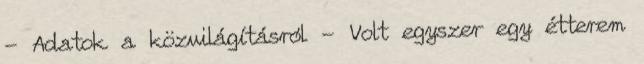
- Adatok a közvilágításról - Volt egyszer egy étterem